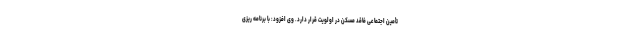
تأمین اجتماعی فاقد مسکن در اولویت قرار دارد. وی افزود: با برنامه ریزی